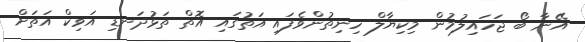
އޭނާ ބޯ ޖަހައިލުމުން މިކިޔާލް ހިނިތުންވެފައި އަތުގައި އޮތް ތަޅުދަނޑި އަވިކް އަތަށް